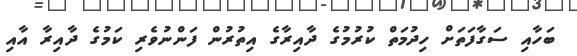
ބަހާއި ސަގާފަތަަށް ހިދުމަތް ކުރުމުގެ ދާއިރާގެ އިތުރުން ފަންނުވެރި ކަމުގެ ދާއިރާ އާއި